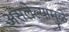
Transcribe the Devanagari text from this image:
असलेल्यामुळे